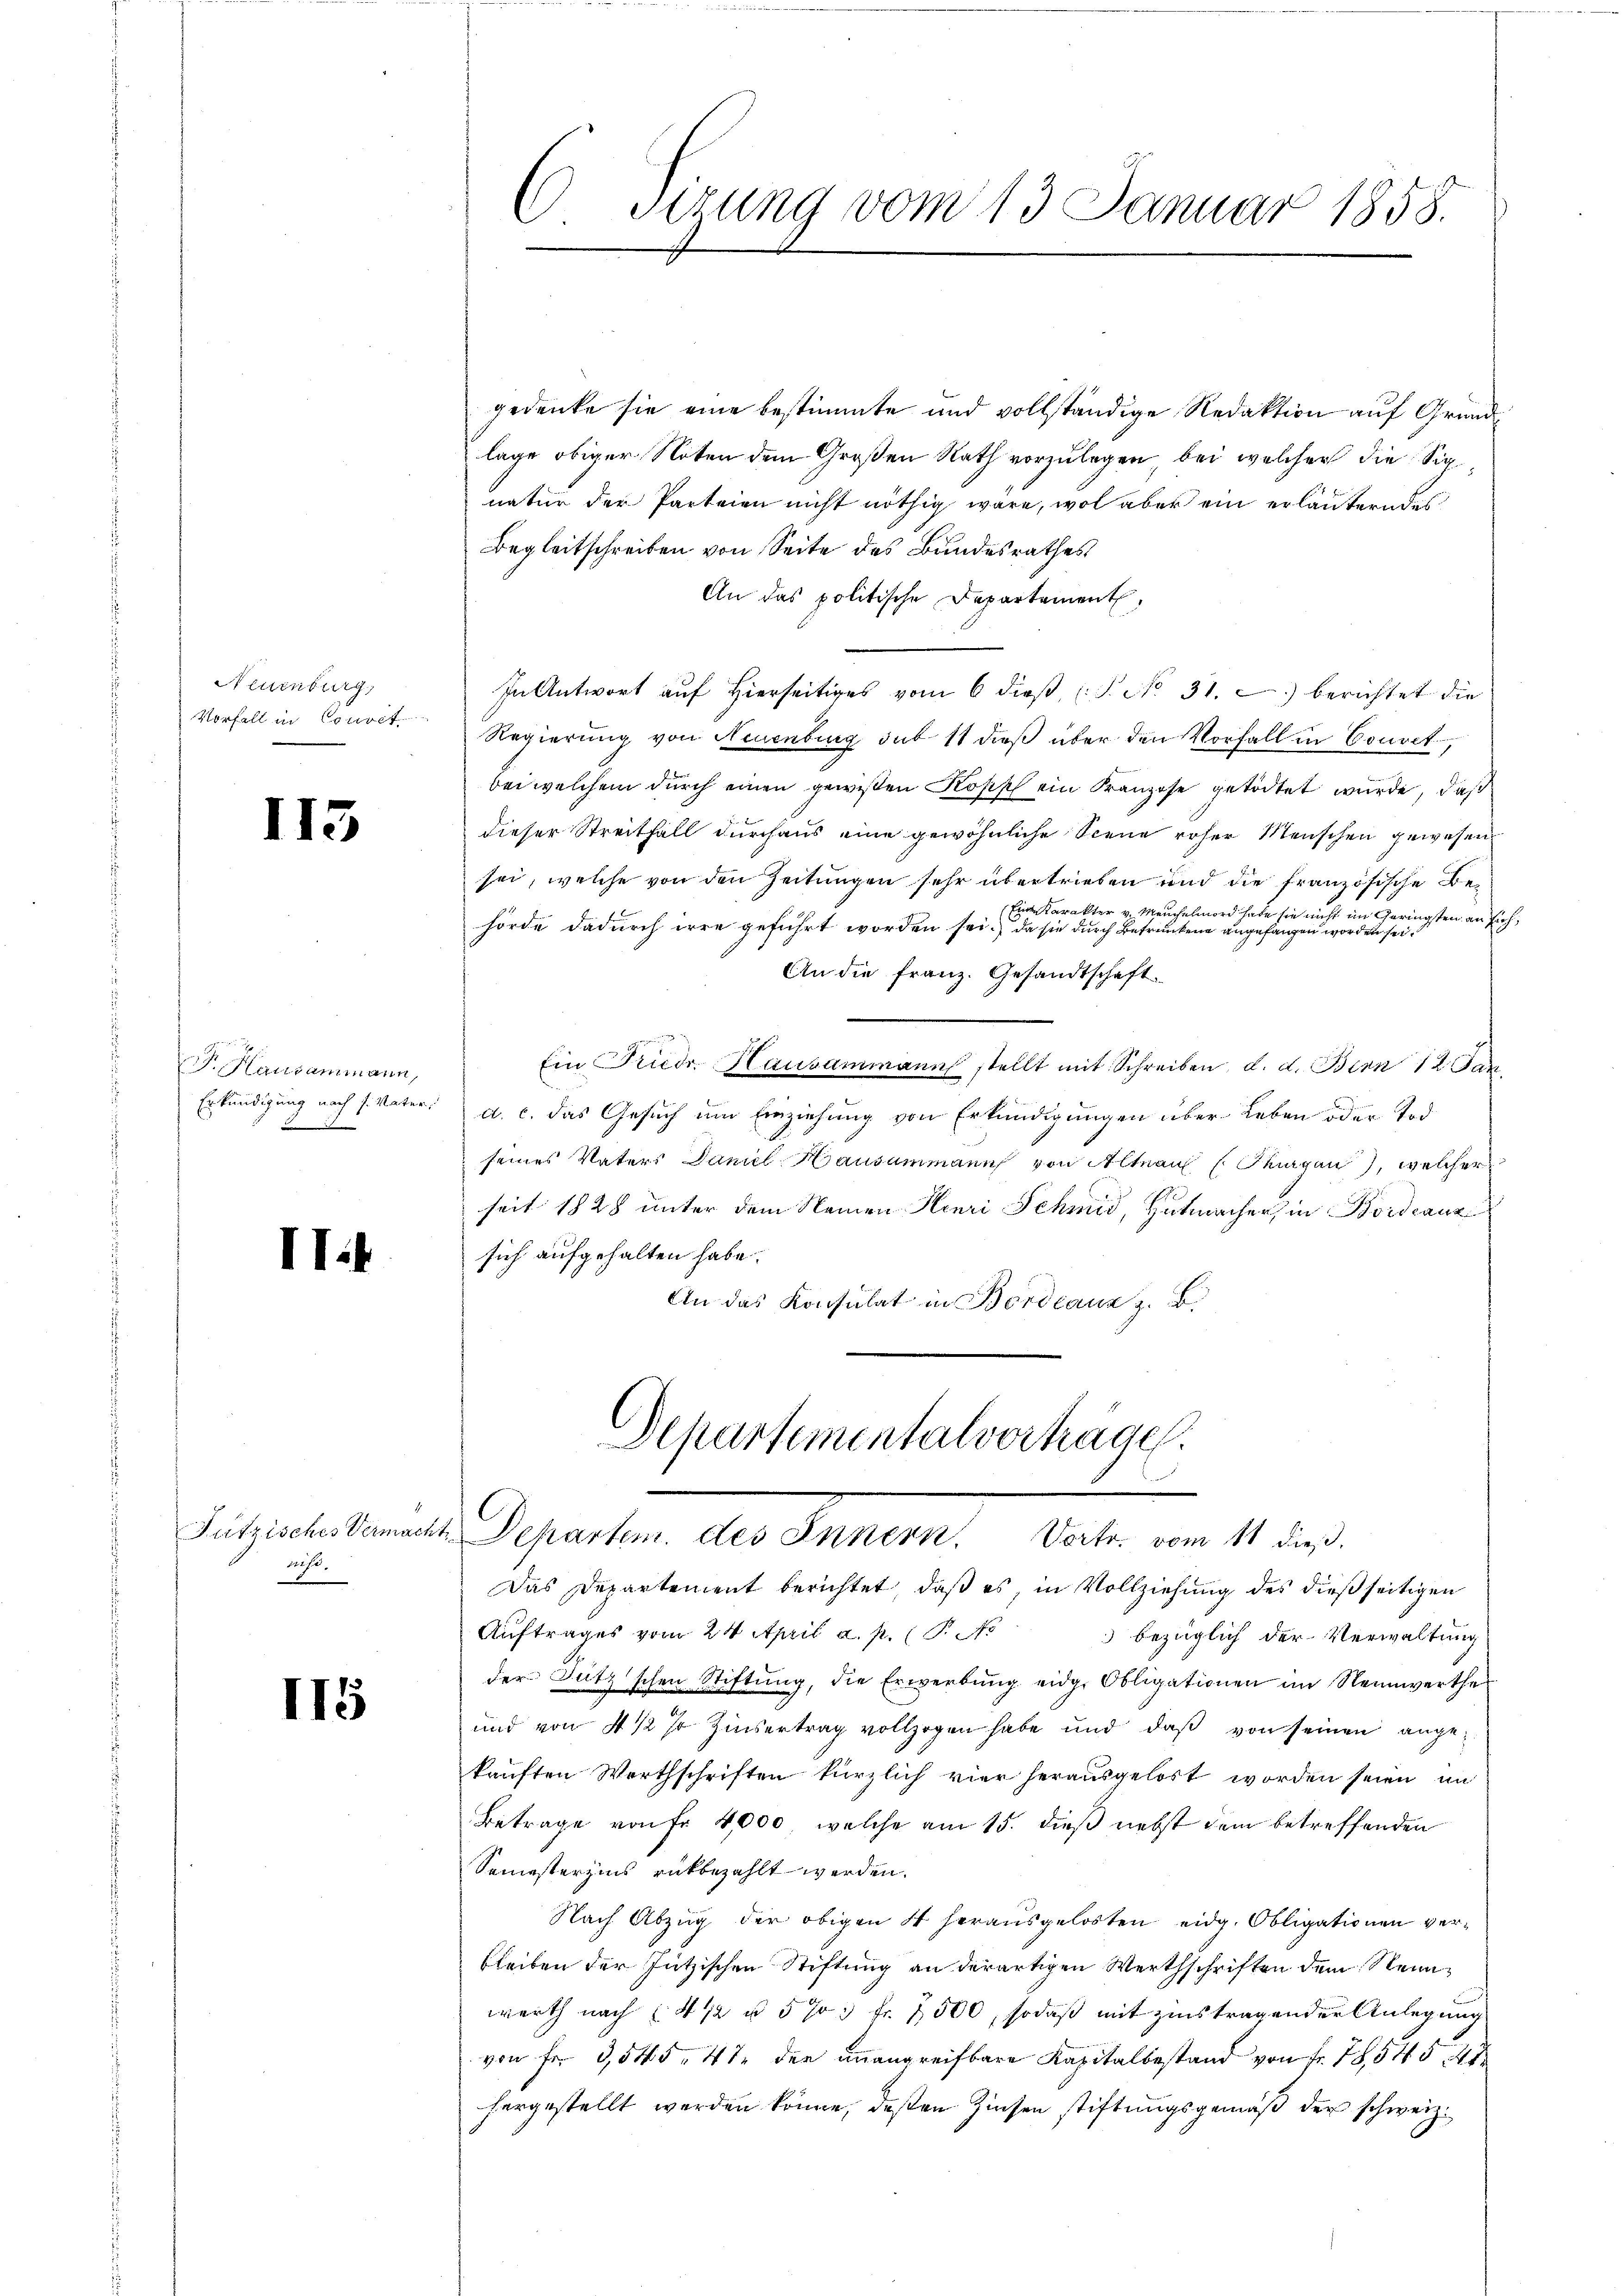
Neuenburg,
Vorfall in Gut

113

F. Hausammann,
Erkundigung nach H. Vater,
F

ITik

auf.

II5

gedenke sie eine bestimmte und vollständige Redaktion auf Grundlage obiger Noten dem Großen Rath vorzulegen, bei welcher die Signatur der Parteien nicht nöthig wäre, wol aber ein erläuterndes
Begleitschreiben von Seite des Bundesrathes
An das politische Departement,
In Antwort auf Hierseitiges vom 6 dieß (S. No. 31. 2.) berichtet die
Regierung von Neuenburg sub 11 dieß über den Vorfall in Connet,
bei welchem durch einen gewißen Kopp ein Kranzose getödtet wurde, daß
dieser Streitfall durchaus eine gewöhnliche Scene roher Menschen gewesen.
sei, welche von den Zeitungen sehr übertrieben und die französische Be¬
Eine Karakter v. Meuchelmord habe sie nicht im Geringsten an sich,
hörde dadurch irre geführt worden sei. Da sie durch Betrunkene angefangen worden sei.
An die Franz. Gesandtschaft
Ein Friedr. Hausammann stellt mit Schreiben d. d. Bern an
 a. c. das Gesuch um Einziehung von Erkundigungen über Leben oder Tod
seines Vaters Damil Hausammann von Altnau (Thurgau, welcher
seit 1828 unter dem Namen Henri Schmid, Hutmacher in Bordeaux
sich aufgehalten habe.
An das Konsulat in Bordeaus z. B.

C Sizung vom 13. Januar 1858.

Departementalverhäge
Fützisches Vermacht Departem des Innern. Vortr. vom 11 dieβ.

Das Departement berichtet, daß es, in Vollziehung des dießseitigen
Auftrages vom 24. April a. p. (P.No
 bezüglich der Verwaltung
der Sutz’schen Stiftung, die Erwerbung eidg. Obligationen im Nennwerthe
und von 4 1/2 % Zinsertrag vollzogen habe und daβ von seinen angekauften Werthschriften kürzlich vier herausgelöst worden seien, in
Betrage von Fr. 4,000, welche am 15. dieß nebst dem betreffenden
Semesterzins rükbezahlt werden.
Nach Abzug der obigen 4 herausgelosten eidg. Obligationen verbleiben der Jützischen Stiftung an derartigen Werthschriften dem Neunwerth nach 4 1/2 u. 573 fr. 7500, sodaß mit zinstragender Anlegung
von Fr. 3,545. 47 der unangreifbare Kapitalbestand von Fr. 78,54 § 41
hergestellt werden könne, deßen Zinsen stiftungsgemäß der schweiz.